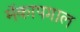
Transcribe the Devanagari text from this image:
मॅकापगाल